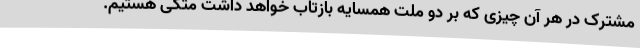
مشترک در هر آن چیزی که بر دو ملت همسایه بازتاب خواهد داشت متکی هستیم.